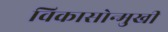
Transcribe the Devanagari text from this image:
विकासोन्मुखी